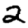
Digit: 2